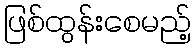
ဖြစ်ထွန်းစေမည့်